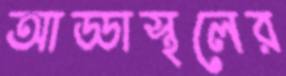
আড্ডাস্থলের